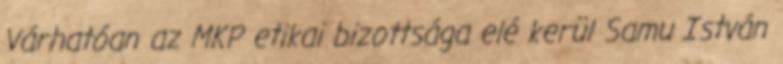
Várhatóan az MKP etikai bizottsága elé kerül Samu István